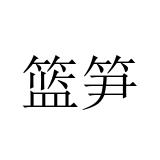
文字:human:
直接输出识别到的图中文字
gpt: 篮笋